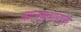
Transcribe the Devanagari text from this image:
बालकुमारांवर